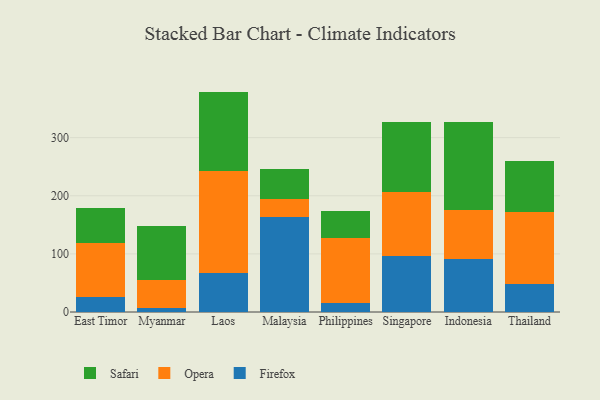
{"axis": {"x": "Country", "y": "Churn Rate (%)"}, "legend": ["Firefox", "Opera", "Safari"], "data": [{"x": "East Timor", "y": 25.4, "type": "Firefox"}, {"x": "East Timor", "y": 94.0, "type": "Opera"}, {"x": "East Timor", "y": 58.8, "type": "Safari"}, {"x": "Myanmar", "y": 6.3, "type": "Firefox"}, {"x": "Myanmar", "y": 48.8, "type": "Opera"}, {"x": "Myanmar", "y": 92.7, "type": "Safari"}, {"x": "Laos", "y": 67.0, "type": "Firefox"}, {"x": "Laos", "y": 176.1, "type": "Opera"}, {"x": "Laos", "y": 136.1, "type": "Safari"}, {"x": "Malaysia", "y": 164.2, "type": "Firefox"}, {"x": "Malaysia", "y": 30.0, "type": "Opera"}, {"x": "Malaysia", "y": 51.2, "type": "Safari"}, {"x": "Philippines", "y": 15.5, "type": "Firefox"}, {"x": "Philippines", "y": 111.5, "type": "Opera"}, {"x": "Philippines", "y": 46.4, "type": "Safari"}, {"x": "Singapore", "y": 96.5, "type": "Firefox"}, {"x": "Singapore", "y": 110.1, "type": "Opera"}, {"x": "Singapore", "y": 119.8, "type": "Safari"}, {"x": "Indonesia", "y": 91.9, "type": "Firefox"}, {"x": "Indonesia", "y": 84.3, "type": "Opera"}, {"x": "Indonesia", "y": 150.6, "type": "Safari"}, {"x": "Thailand", "y": 48.2, "type": "Firefox"}, {"x": "Thailand", "y": 123.1, "type": "Opera"}, {"x": "Thailand", "y": 88.9, "type": "Safari"}]}